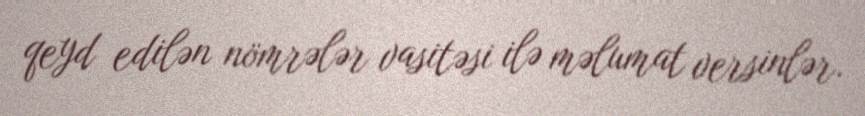
qeyd edilən nömrələr vasitəsi ilə məlumat versinlər.